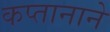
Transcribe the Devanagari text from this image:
कप्‍तानाने